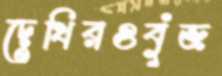
দেখিরওবুঁজ